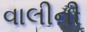
વાલીની